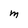
Character: M